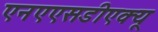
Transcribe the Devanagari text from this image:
एनएएसडीएक्यू